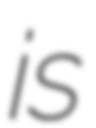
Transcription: is